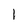
Character: 1